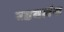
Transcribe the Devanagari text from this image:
रडवलंस